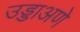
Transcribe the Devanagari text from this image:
उड्डाअणे